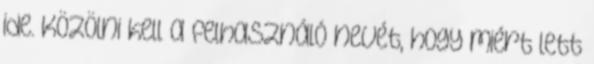
ide. Közölni kell a felhasználó nevét, hogy miért lett